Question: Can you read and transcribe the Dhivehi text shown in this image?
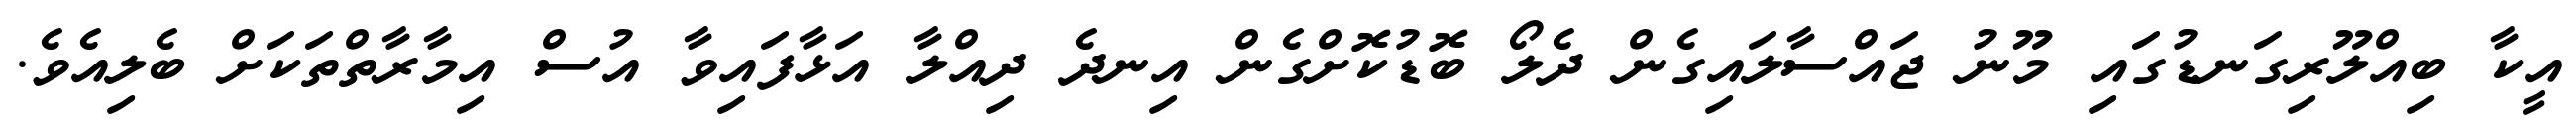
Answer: އީކާ ބިއްލޫރިގަނޑުގައި މޫނު ޖައްސާލައިގެން ދެލޯ ބޮޑުކޮށްގެން އިނދެ ދިއްލާ އަޅާފައިވާ އުސް އިމާރާތްތަކަށް ބެލިއެވެ.